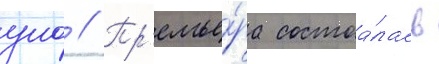
уно // Пр'емье́ра состоа́лась